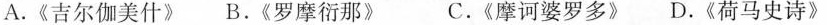
A.《吉尔伽美什》B.《罗摩衍那》 C.《摩诃婆罗多》D.《荷马史诗》